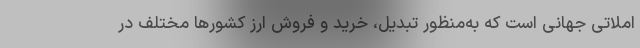
املاتی جهانی است که به‌منظور تبدیل، خرید و فروش ارز کشورها مختلف در